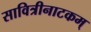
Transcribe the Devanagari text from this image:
सावित्रीनाटकम्